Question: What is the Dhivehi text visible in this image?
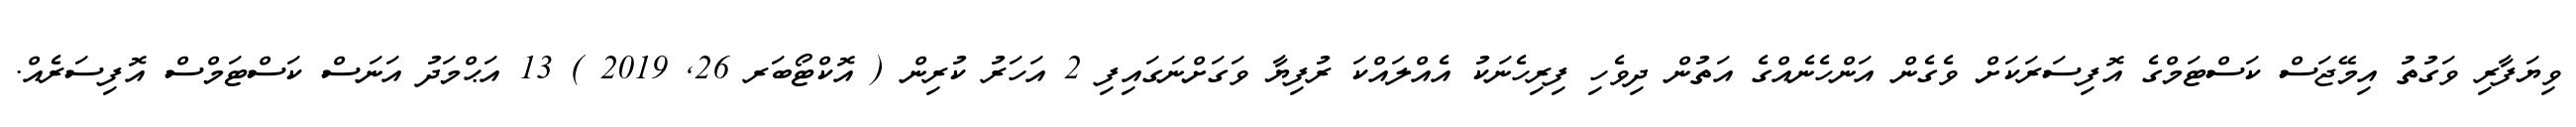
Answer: ވިޔަފާރި ވަގުތު އިމޭޖަސް ކަސްޓަމްގެ އޮފިސަރަކަށް ވެގެން އަންހެނެއްގެ އަތުން ދިވެހި ފިރިހެނަކު އެއްލައްކަ ރުފިޔާ ވަގަށްނަގައިފި 2 އަހަރު ކުރިން ( އޮކްޓޯބަރ 26, 2019 ) 13 އަޙްމަދު އަނަސް ކަސްޓަމްސް އޮފިސަރެއް.